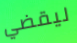
ليقضي